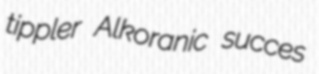
tippler Alkoranic succes